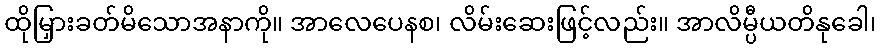
ထိုမြှားခတ်မိသောအနာကို။ အာလေပေနစ၊ လိမ်းဆေးဖြင့်လည်း။ အာလိမ္ပီယတိနုခေါ၊